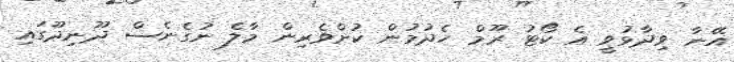
އޭނާ ވިދާޅުވީ އެ ކޯޓު ރޫމް ހެދުމުން ކުށްވެރިން މާލެ ނުގެނެސް ދޫނިދޫގައި